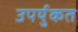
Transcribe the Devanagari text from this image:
उपर्युकत